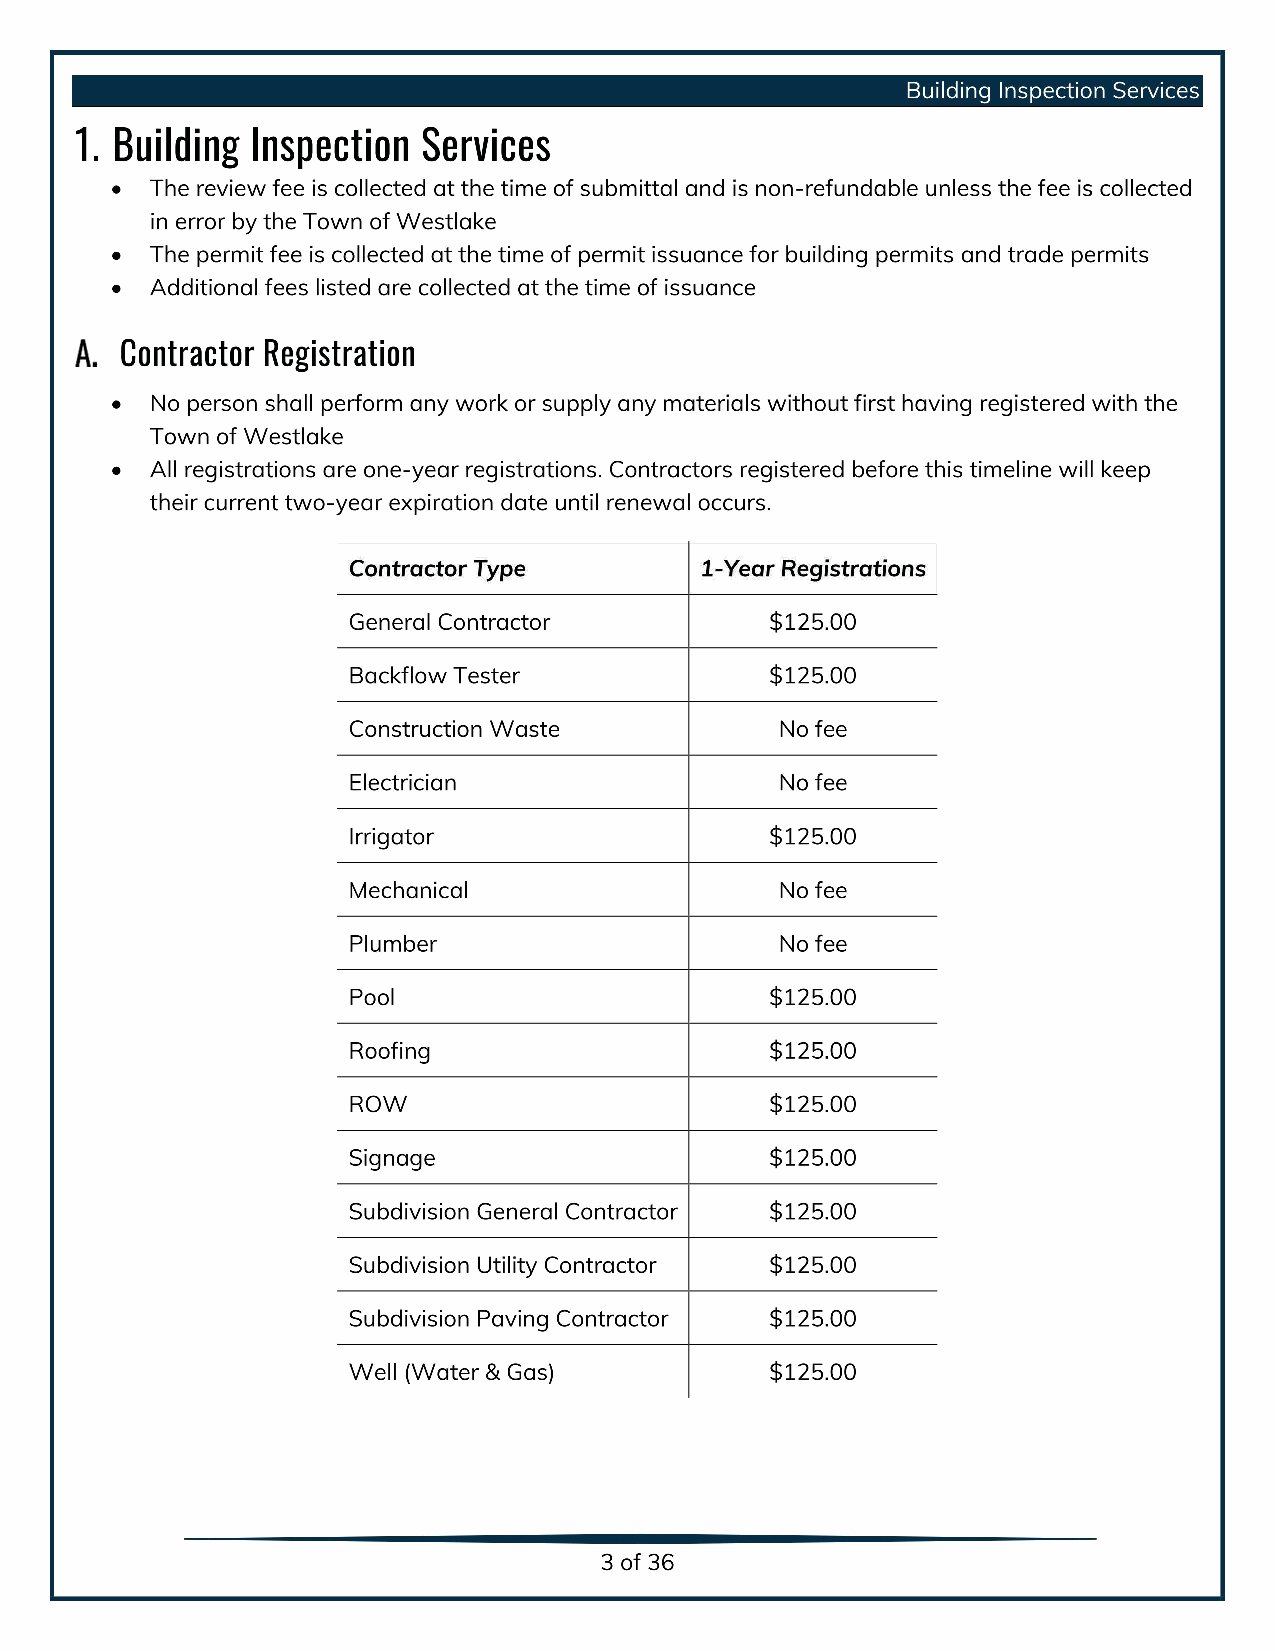
Building Inspection Services
 1. Building Inspection Services
 The review fee iscollected atthe time ofsubmittal and isnon-refundable unless the fee iscollected
 in error by the Town ofWestlake
 The permit fee is collected at the time of permit issuance for building permits and trade permits
 Additional fees listed are collected at the time of issuance
 Contractor Registration
 No person shall perform any work orsupply anymaterials without first having registered with the
 Town of Westlake
 All registrations are one-year registrations. Contractors registered before this timeline will keep
 their current two-year expiration date until renewal occurs.
 Contractor Type        1-Year Registrations
 General Contractor $         125.00
 Backflow Tester $            125.00
 Construction Waste           No fee
 Electrician                  No fee
 Irrigator $                  125.00
 Mechanical                   No fee
 Plumber                      No fee
 Pool $                       125.00
 Roofing $                    125.00
 ROW $                        125.00
 Signage $                    125.00
 Subdivision General Contractor $ 125.00
 Subdivision Utility Contractor $ 125.00
 Subdivision Paving Contractor $ 125.00
 Well (Water & Gas) $         125.00
 3of36